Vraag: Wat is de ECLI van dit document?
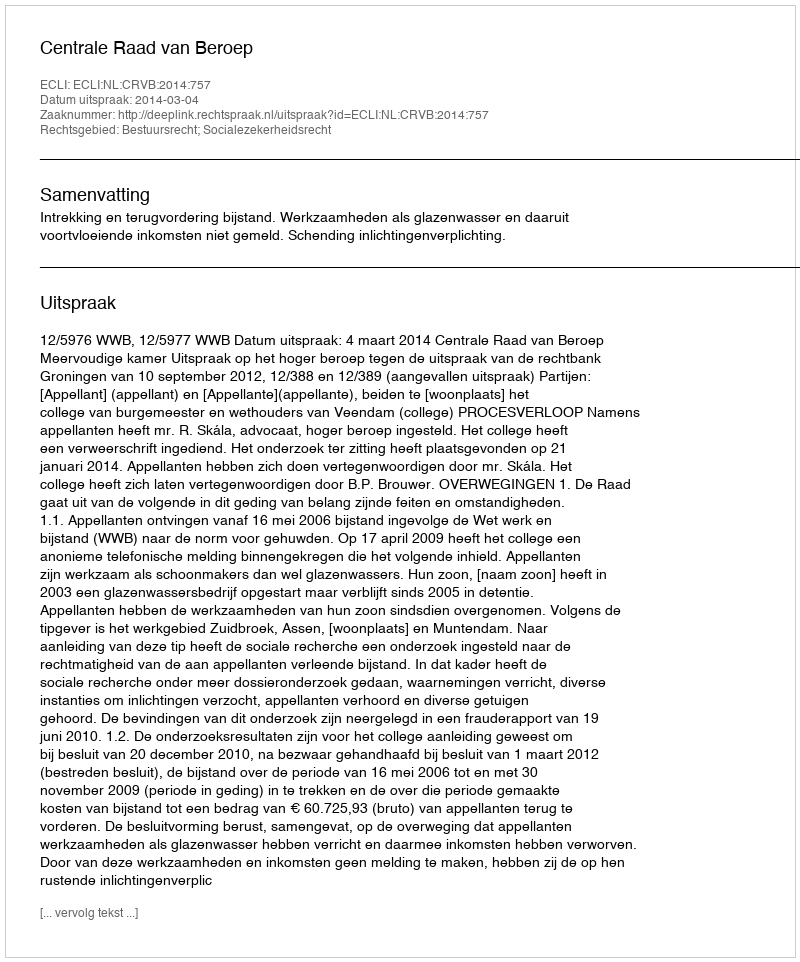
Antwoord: ECLI:NL:CRVB:2014:757